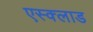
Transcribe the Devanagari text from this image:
एस्क्लाड